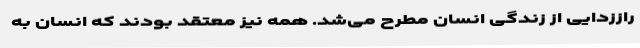
راززدایی از زندگی انسان مطرح می‌شد. همه نیز معتقد بودند که انسان به